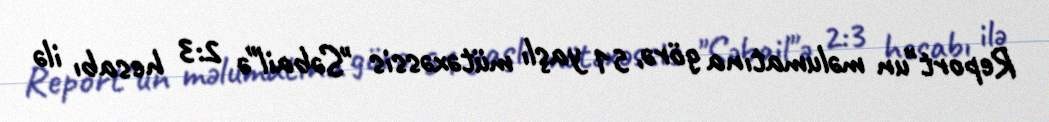
Report"un məlumatına görə, 51 yaşlı mütəxəssis "Səbail"ə 2:3 hesabı ilə